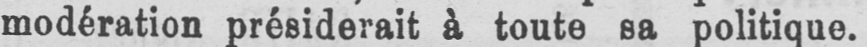
modération présiderait à toute sa politique.